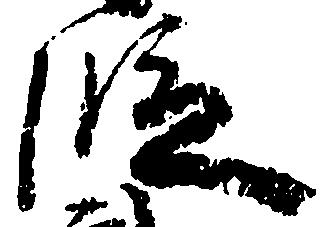
段